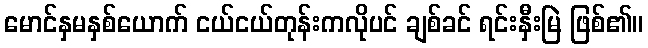
မောင်နှမနှစ်ယောက် ငယ်ငယ်တုန်းကလိုပင် ချစ်ခင် ရင်းနှီးမြဲ ဖြစ်၏။